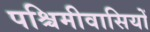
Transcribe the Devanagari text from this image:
पश्चिमीवासियों